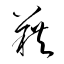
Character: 藉